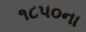
૧૮૫૦ના